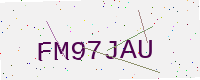
Text: FM97JAU